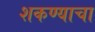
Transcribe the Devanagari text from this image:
शकण्याचा